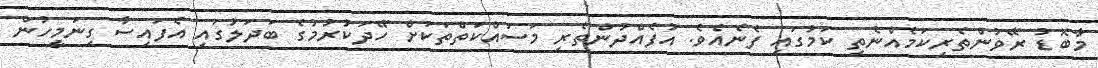
މާބޮޑު ރޭވުންތެރިކަމެއްނެތި ކަމުގައި ފެނެއެވެ. އުފެއްދުންތެރި މަސައްކަތްތަކަށް ހޭދަކުރުމުގެ ބަދަލުގައި އެފައިސާ ގިނަމީހުން